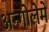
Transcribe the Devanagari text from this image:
अन्गोलेमे